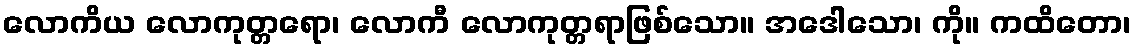
လောကိယ လောကုတ္တရော၊ လောကီ လောကုတ္တရာဖြစ်သော။ အဒေါသော၊ ကို။ ကထိတော၊